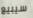
سيبيع